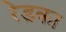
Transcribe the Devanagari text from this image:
रेडका